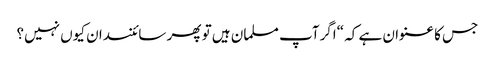
جس کا عنوان ہے کہ “اگرآپ مسلمان ہیں تو پھر سائنسدان کیوں نہیں؟